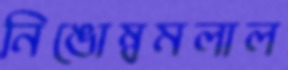
নিঙোম্বমলাল